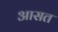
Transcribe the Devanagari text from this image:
आसत